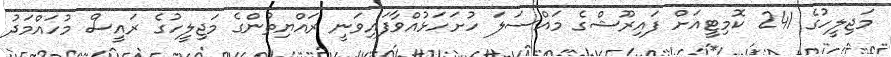
މަޖިލީހުގެ 241 ކޮމިޓީއަށް ފައިރޫޝްގެ މައްސަލަ ހުށަހަޅުއްވާފައިވަނީ ރައްޔިތުންގެ މަޖިލީހުގެ ރައީސް މުހައްމަދު